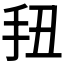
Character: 𭠖